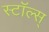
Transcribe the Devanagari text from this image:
स्टॉल्स्